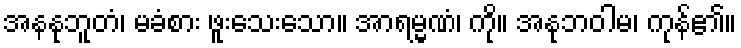
အနနုဘူတံ၊ မခံစား ဖူးသေးသော။ အာရမ္မဏံ၊ ကို။ အနုဘဝါမ၊ ကုန်၏။